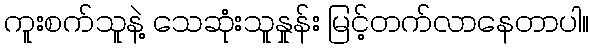
ကူးစက်သူနဲ့ သေဆုံးသူနှုန်း မြင့်တက်လာနေတာပါ။